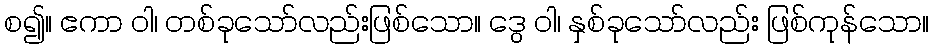
စ၍။ ဧကာ ဝါ၊ တစ်ခုသော်လည်းဖြစ်သော။ ဒွေ ဝါ၊ နှစ်ခုသော်လည်း ဖြစ်ကုန်သော။